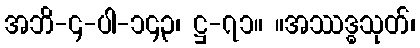
အဘိ-၄-ပါ-၁၄၃၊ ဋ္ဌ-၇၁။ ။အဿဒ္ဓသုတ်၊